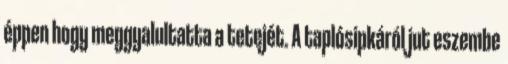
éppen hogy meggyalultatta a tetejét. A taplósipkáról jut eszembe